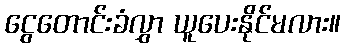
ငွေတောင်းခံလွှာ ယူပေးနိုင်မလား။